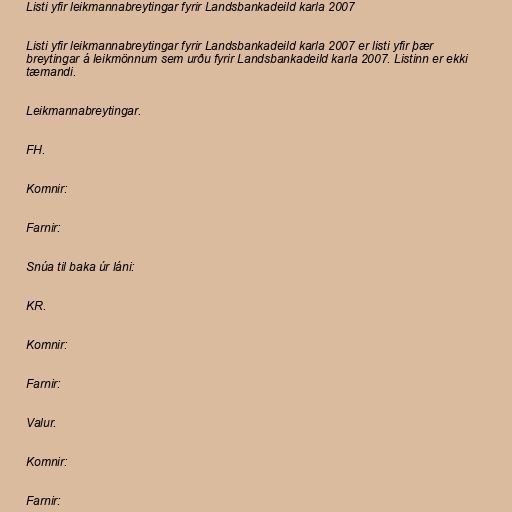
Listi yfir leikmannabreytingar fyrir Landsbankadeild karla 2007

Listi yfir leikmannabreytingar fyrir Landsbankadeild karla 2007 er listi yfir þær
breytingar á leikmönnum sem urðu fyrir Landsbankadeild karla 2007. Listinn er ekki
tæmandi.

Leikmannabreytingar.

FH.

Komnir:

Farnir:

Snúa til baka úr láni:

KR.

Komnir:

Farnir:

Valur.

Komnir:

Farnir: